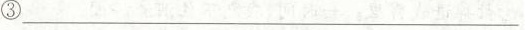
③___